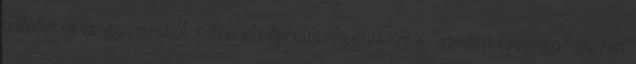
tudnám őket egymástól külön elképzelni. Szerintem a “szuperképesség” ugyan